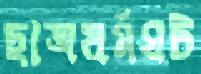
ছাত্রধর্মঘট